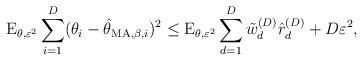
LaTeX: \begin{align*}\mathrm{E}_{\theta,\varepsilon^{2}} \sum_{i=1}^{D} (\theta_{i} - \hat{\theta}_{\mathrm{MA},\beta, i} )^{2}\leq \mathrm{E}_{\theta,\varepsilon^{2}} \sum_{d=1}^{D}\tilde{w}_{d}^{(D)}\hat{r}_{d}^{(D)} + D\varepsilon^{2},\end{align*}